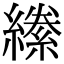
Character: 𦅌